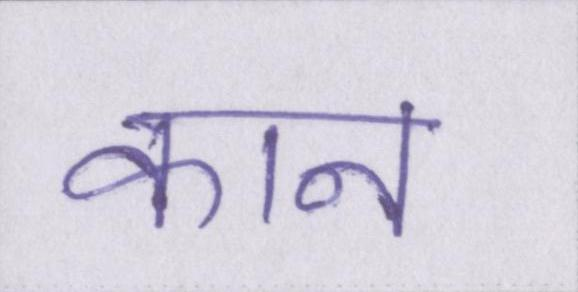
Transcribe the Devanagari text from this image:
कान